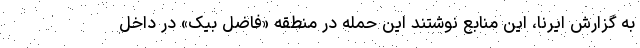
به گزارش ایرنا، این منابع نوشتند این حمله در منطقه «فاضل بیک» در داخل